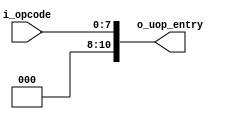
/*
Auther:
    ember_cc
Discribe:   
    6502's uop entry, combination logic. 
    i use the opcode as the location of the first uop, 
    this tricky thing will shorten the decode logic.
*/
/*
Patch Note:
Create.
*/

module cpu_6502_uop_entry(
    input [7:0]      i_opcode      ,
    output [10:0]    o_uop_entry
    
);
    assign o_uop_entry = {3'b0, i_opcode};
endmodule